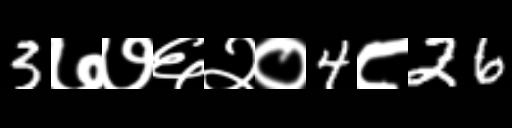
Text: 3७७६२०4८26